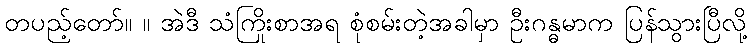
တပည့်တော်။ ။ အဲဒီ သံကြိုးစာအရ စုံစမ်းတဲ့အခါမှာ ဦးဂန္ဓမာက ပြန်သွားပြီလို့